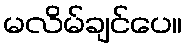
မလိမ်ချင်ပေ။